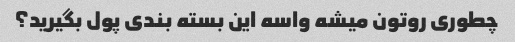
چطوری روتون میشه واسه این بسته بندی پول بگیرید؟